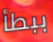
ببطأ